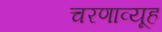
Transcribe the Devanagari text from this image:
चरणाव्यूह